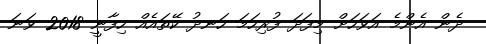
ދެން އެންމެ އަވަހަށް މިފަދަ ފުރިހަމަ ހަނދު ކޭތައެއް ހިފާނީ 2018 ވަނަ